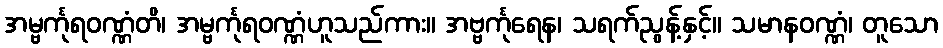
အမ္ဗင်္ကုရဝဏ္ဏံတိ၊ အမ္ဗင်္ကုရဝဏ္ဏံဟူသည်ကား။ အဗ္ဗင်္ကုရေန၊ သရက်ညွန့်နှင့်။ သမာနဝဏ္ဏံ၊ တူသော